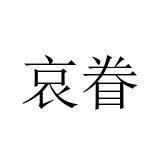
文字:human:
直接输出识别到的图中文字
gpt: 哀眷